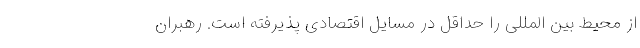
از محیط بین­ المللی را حداقل در مسایل اقتصادی پذیرفته است. رهبران